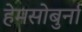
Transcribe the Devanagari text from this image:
हेमसोबुर्ना